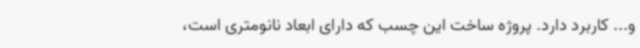
و... کاربرد دارد. پروژه ساخت این چسب که دارای ابعاد نانومتری است،